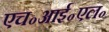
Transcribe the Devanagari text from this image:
एच॰आई॰एल॰